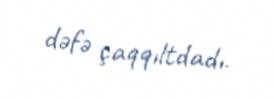
dəfə çaqqıltdadı.